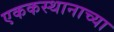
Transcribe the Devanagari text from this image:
एककस्थानाच्या